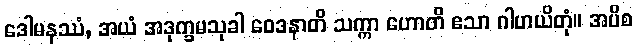
ဒေါမနဿံ, အယံ အဒုက္ခမသုခါ ဝေဒနာတိ သက္ကာ ဟောတိ ဧသာ ဂါဟယိတုံ။ အပိစ